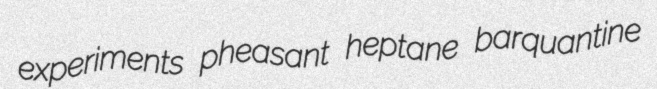
experiments pheasant heptane barquantine